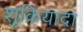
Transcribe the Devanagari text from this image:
शुक्रियादा